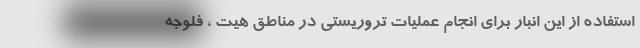
استفاده از این انبار برای انجام عملیات تروریستی در مناطق هیت ، فلوجه